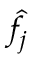
\hat { f } _ { \boldsymbol j }